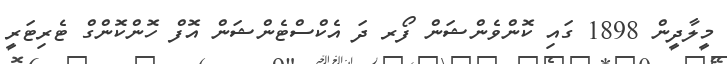
މީލާދީން 1898 ގައި ކޮންވެންޝަން ފޯރ ދަ އެކްސްޓެންޝަން އޮފް ހޮންކޮންގް ޓެރިޓަރީ